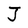
Character: J